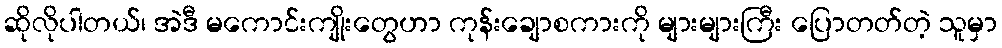
ဆိုလိုပါတယ်၊ အဲဒီ မကောင်းကျိုးတွေဟာ ကုန်းချောစကားကို များများကြီး ပြောတတ်တဲ့ သူမှာ